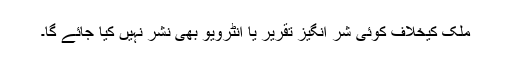
ملک کیخلاف کوئی شر انگیز تقریر یا انٹرویو بھی نشر نہیں کیا جائے گا۔